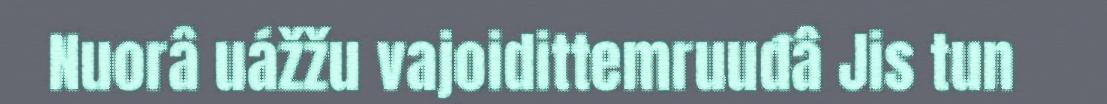
Nuorâ uážžu vajoidittemruuđâ Jis tun